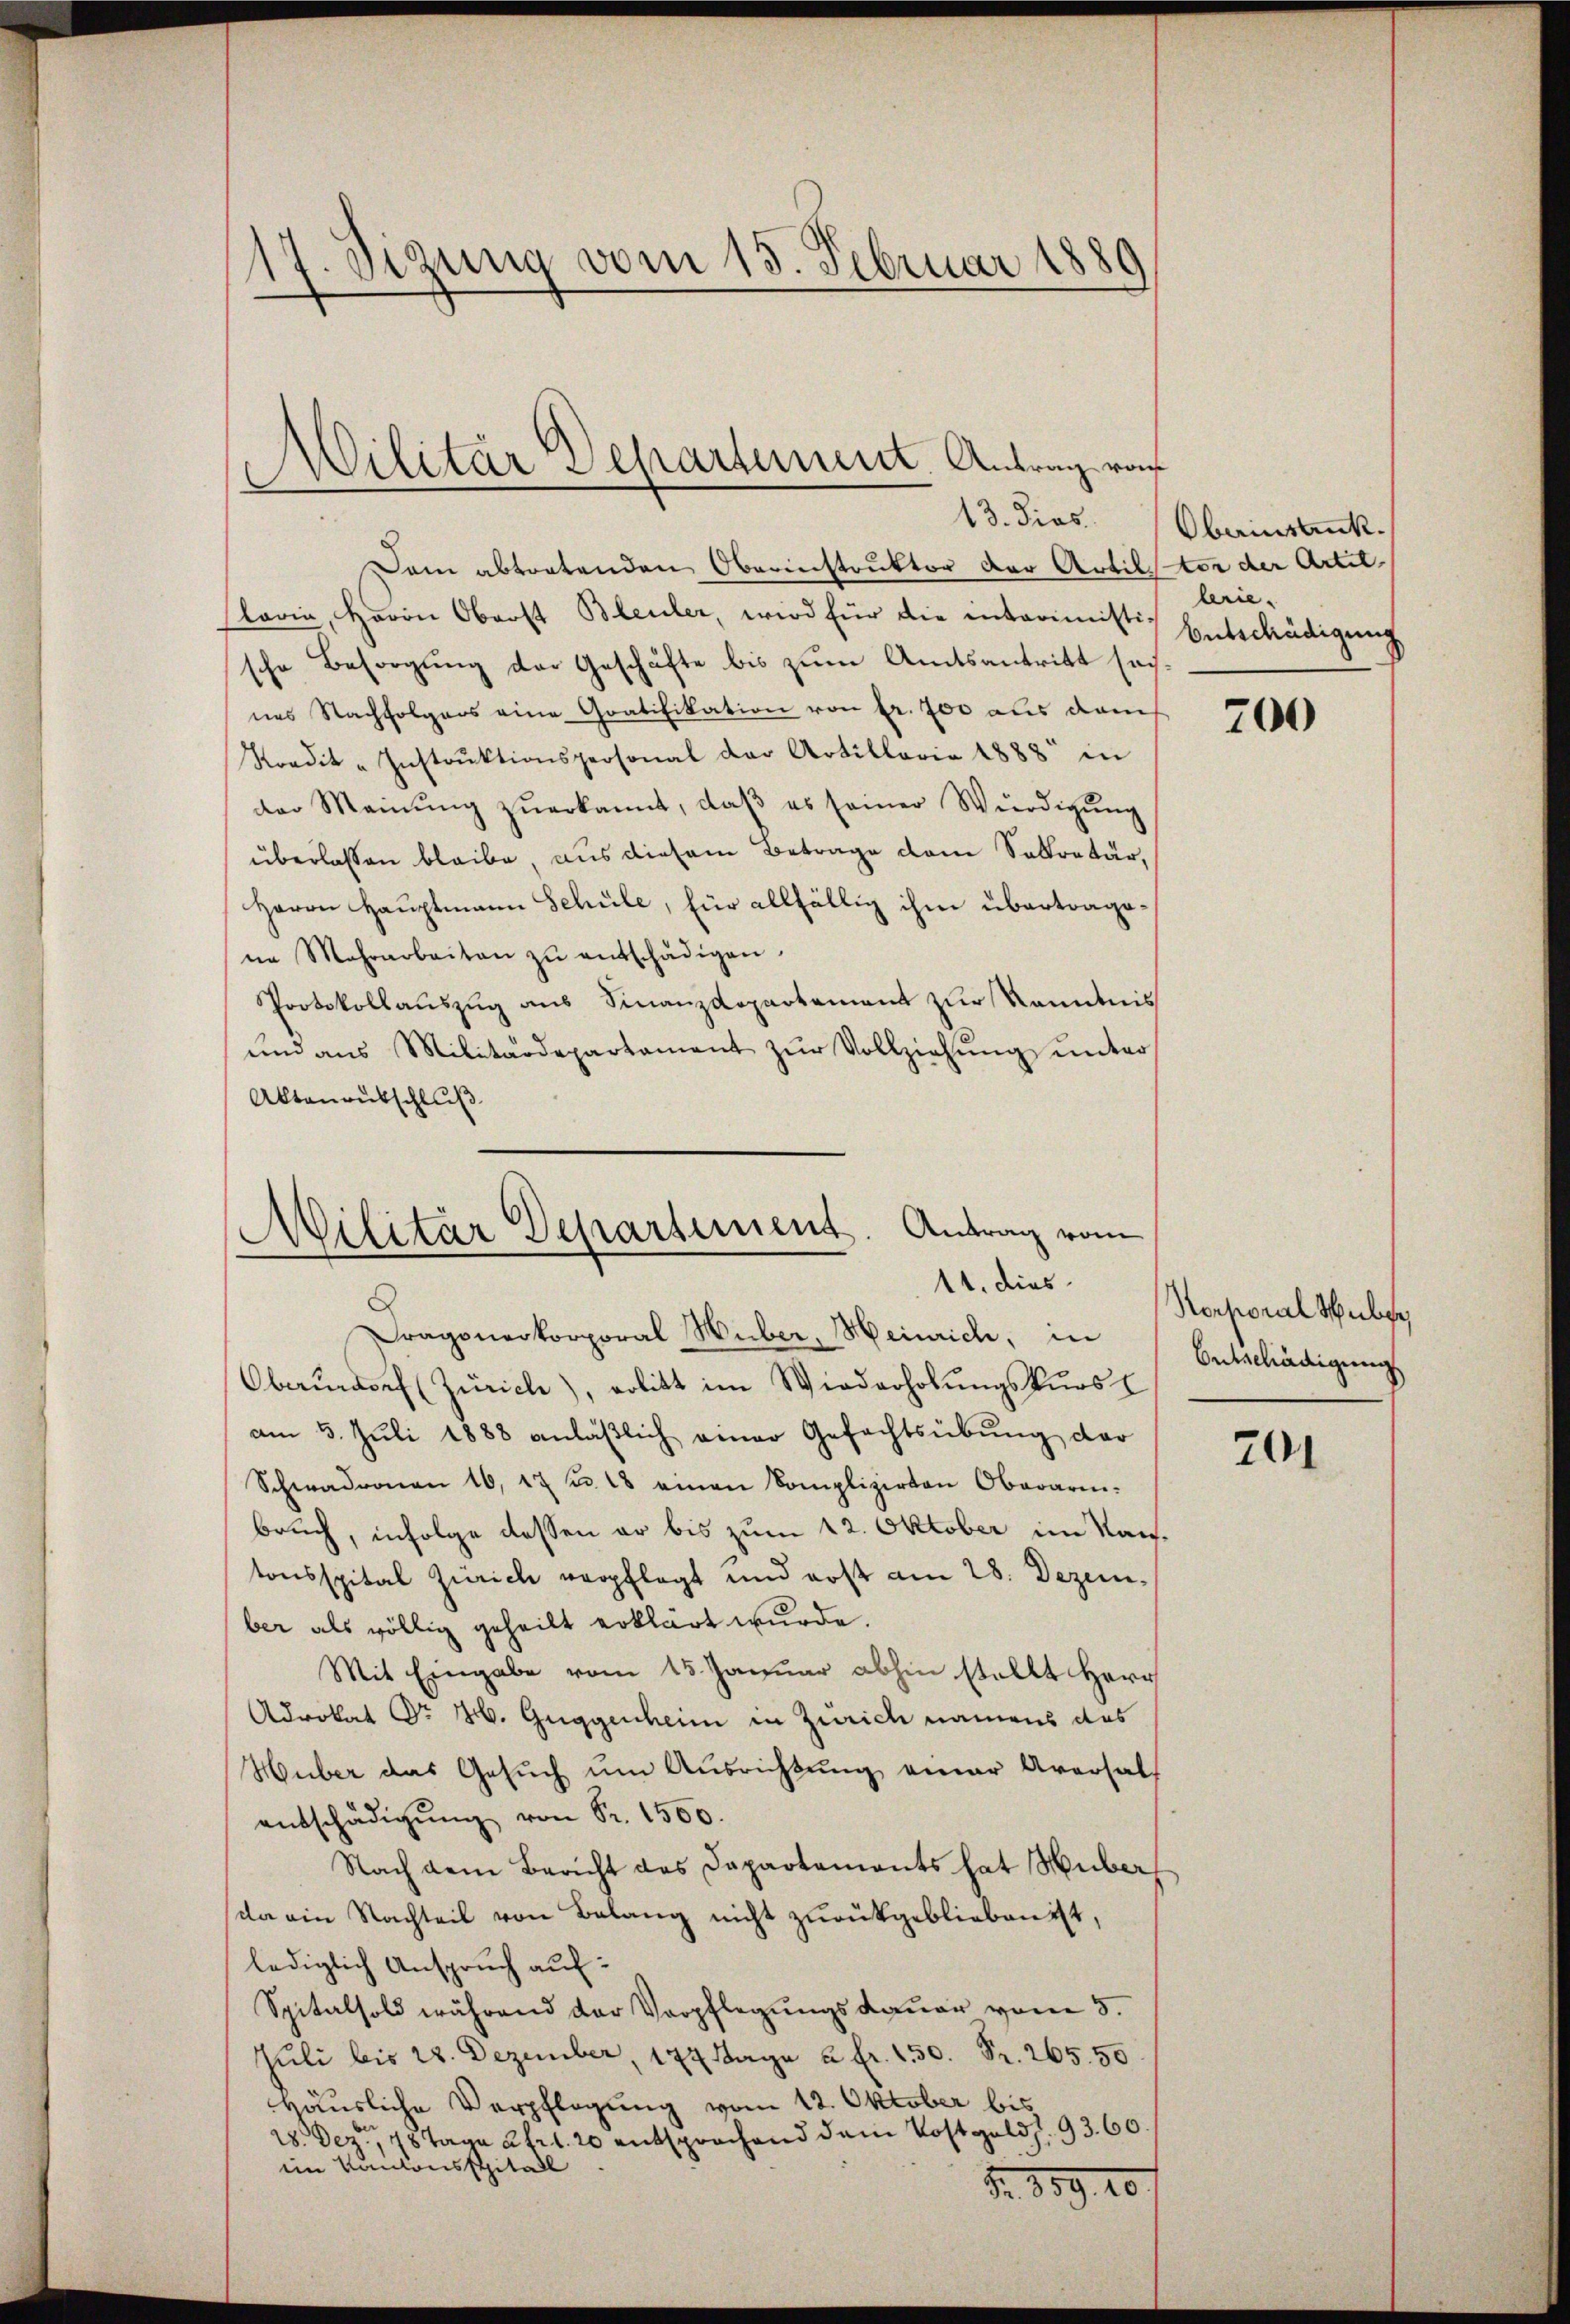
17. Sigung vom 15. Februar 1889

Dam abtretenden Oberinstruktor der Artillstor der Artil
laria, Herrn Oberst Bleuler, wird für die interimistische Besorgung der Geschäfte bis zum Amtsantritt sachnes Nachfolgers eine Gratifikation von fr. 700 aus dem
Kredit-Instrŭktionspersonal der Artillaria 1888 in
der Meinŭng zŭerkannt, daβ es seiner Würdigŭng
überlassen bleibe, aus diesem Betrage dem Sekretär,
Herrn Hauptmann Schule, für allfällig ihm übertragsne Mehrarbeiten zŭ entschädigen.
Protokollauszug aus Finanzdepartement zur Kenntnis
ŭnd ans Militärdepartament zŭr Vollziehŭng ŭnter
Aktanentschluß
Fragonerkorporal Huber, Heinrich, in
Obaŭndorf (Zürich), arbitt im Wiederholŭngskurs
am 5. Jŭli 1888 anläβlich einer Gefachtsübŭng der
Schwadronen 16, 17 f 18 einen Komplizirten Oberarm-
bruch, infolge dessen er bis zum 12. Oktober im Kantonsspital Zürich verpflegt und erst am 28. Dezember als völlig geheilt erklärt wurde.
Mit Eingabe vom 15. Januar abhin stellt Herr
Advokat Sr H. Guggenheim in Zürich namens das
Huber das Gesŭch ŭm Aŭsrichtŭng einer Aversals
entschädigŭng von Fr. 1500.
Nach dem Bericht des Dapartements hat Huber,
da ein Nachteil von Belang nicht zurükgeblieben ist,
lediglich Anspruch auf:
Spitalsold während der Verpflegungsdauer vom 5.
Juli bis 28. Dezember, 177 Kaya a fr. 150. Fr. 265. 50
Häusliche Verpflegung vom 12. Oktober bis
28. Dez. 18 tage Art. 20 entsprochend dem Postgeld. 93. 60.
im Kantonsspitall
Nr. 859. 10.

Militär Departement. Antrag von
13. Dies

Militär Departement. Antrag vom
11. dies

Oberinstruck.
lerie-
Entschädigung

700

Korporal Huber,
Entschädigung

201